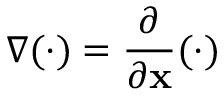
\nabla ( \cdot ) = \frac { \partial } { \partial { \bf x } } ( \cdot )